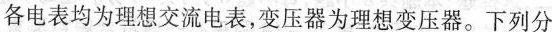
各电表均为理想交流电表，变压器为理想变压器。下列分